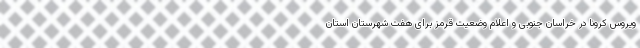
ویروس کرونا در خراسان جنوبی و اعلام وضعیت قرمز برای هفت شهرستان استان